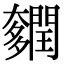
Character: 𨷎